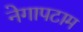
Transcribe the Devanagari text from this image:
नेगापटाम